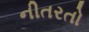
નીતરતો